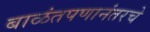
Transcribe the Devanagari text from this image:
बाळंतपणानंतरचे